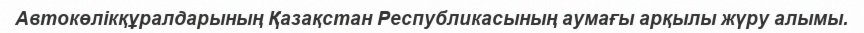
Автокөлікқұралдарының Қазақстан Республикасының аумағы арқылы жүру алымы.